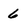
Character: 6